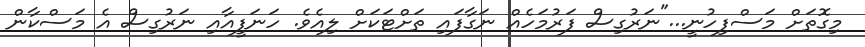
މިގޮތަށް މަސްފިހުނީ..."ނަރުގިސް ފަރުމަހެއް ނަގާފައި ތަށްޓަކަށް ލިއެވެ. ހަނަފީއާއި ނަރުގިސް އެ މަސްކާން